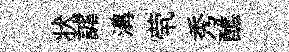
状謔溝茕秀醮